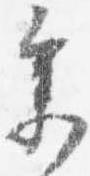
参